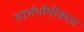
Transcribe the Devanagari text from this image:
सार्भभौमीकता